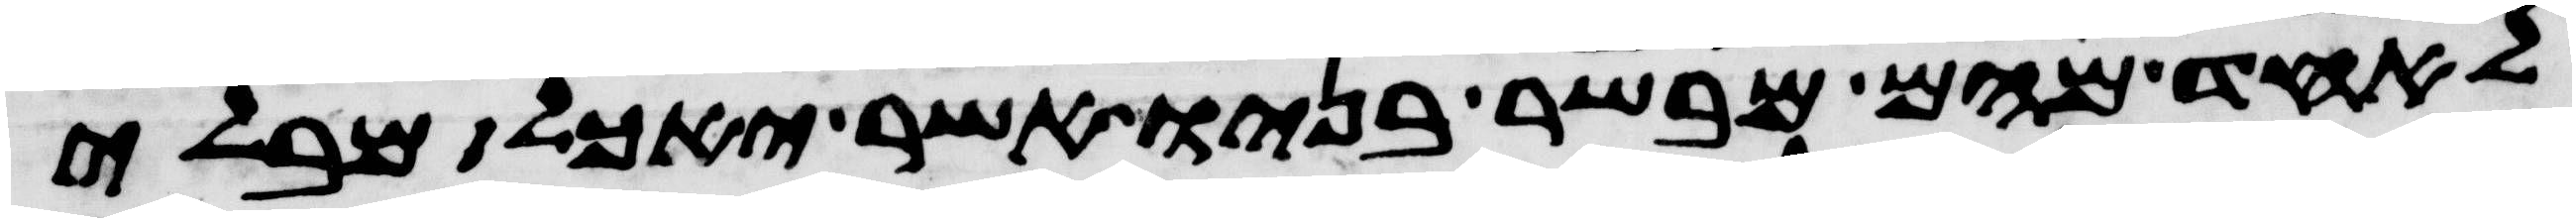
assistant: לאחד מהם מבשר בניו אשר יאכל מבלי